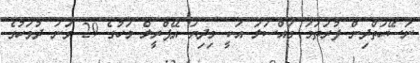
ނަސޭހަތްދިން ފުރަތަމަ މައްސަލަ އަކީ މިދިޔަ އޭޕްރީލް މަހުގެ 29 ވަނަ ދުވަހުގެ